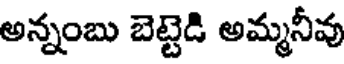
అన్నంబు బెట్టెడి అమ్మనీవు